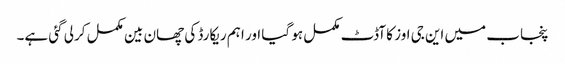
پنجاب میں این جی اوز کا آڈٹ مکمل ہو گیا اور اہم ریکارڈ کی چھان بین مکمل کرلی گئی ہے۔